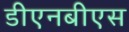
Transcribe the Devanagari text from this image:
डीएनबीएस